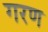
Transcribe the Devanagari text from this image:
गरण